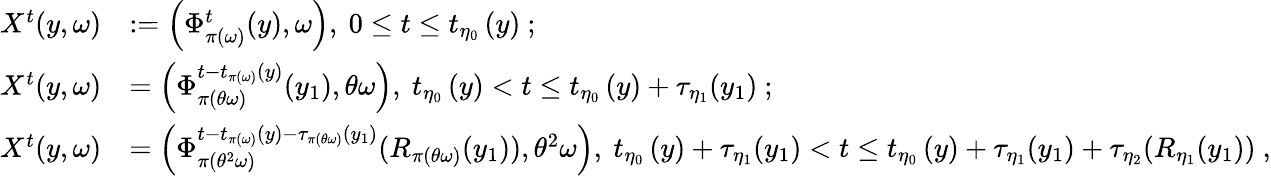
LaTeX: \begin{array}{rl}{X^{t}(y,\omega)}&{:=\left(\Phi_{\pi\left(\omega\right)}^{t}(y),\omega\right),\ 0\leq t\leq t_{\eta_{0}}\left(y\right)\ ;}\\ {X^{t}(y,\omega)}&{=\left(\Phi_{\pi\left(\theta\omega\right)}^{t-t_{\pi\left(\omega\right)}\left(y\right)}(y_{1}),\theta\omega\right),\ t_{\eta_{0}}\left(y\right)<t\leq t_{\eta_{0}}\left(y\right)+\tau_{\eta_{1}}(y_{1})\ ;}\\ {X^{t}(y,\omega)}&{=\left(\Phi_{\pi\left(\theta^{2}\omega\right)}^{t-t_{\pi\left(\omega\right)}\left(y\right)-\tau_{\pi\left(\theta\omega\right)}(y_{1})}(R_{\pi\left(\theta\omega\right)}(y_{1})),\theta^{2}\omega\right),\ t_{\eta_{0}}\left(y\right)+\tau_{\eta_{1}}(y_{1})<t\leq t_{\eta_{0}}\left(y\right)+\tau_{\eta_{1}}(y_{1})+\tau_{\eta_{2}}(R_{\eta_{1}}(y_{1}))\ ,}\end{array}